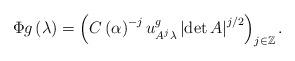
LaTeX: \begin{align*}\Phi g\left( \lambda\right) =\left( C\left( \alpha\right) ^{-j}u_{A^{j}\lambda}^{g}\left\vert \det A\right\vert ^{j/2}\right) _{j\in\mathbb{Z}}.\end{align*}